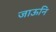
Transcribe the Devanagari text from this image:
जाऊनि